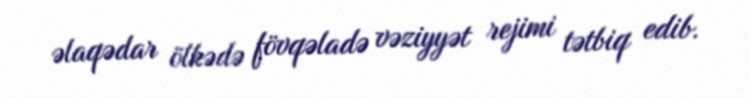
əlaqədar ölkədə fövqəladə vəziyyət rejimi tətbiq edib.